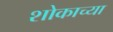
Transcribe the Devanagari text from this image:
शोकाच्या